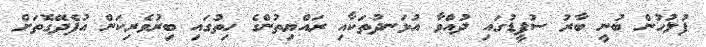
ފުލުހުން ބުނީ ބާރު ސުޕީޑުގައި ދުއްވާ އުޅަނދުތަކާއި ރައްޔިތުންގެ ހިތުގައި ބިރުވެރިކަން އުފެދޭގޮތަށް